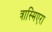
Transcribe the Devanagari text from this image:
त्रास्मिएरा